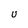
Character: U